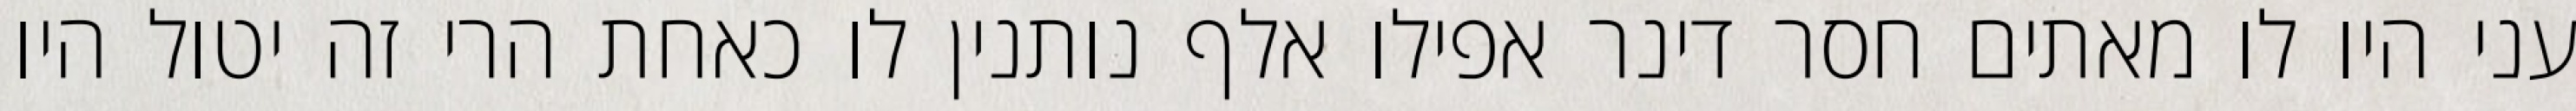
עני היו לו מאתים חסר דינר אפילו אלף נותנין לו כאחת הרי זה יטול היו